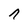
Character: n